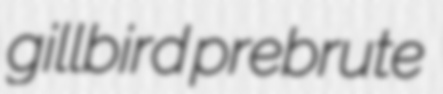
gillbird prebrute